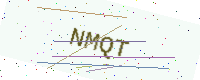
Text: NMQT